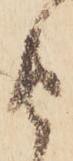
由